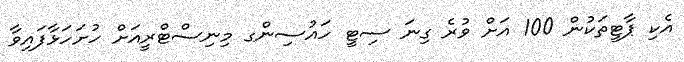
އެކި ޕާޓީތަކުން 100 އަށް ވުރެ ގިނަ ސިޓީ ހައުސިންގ މިނިސްޓްރީއަށް ހުށަހަޅާފައިވާ